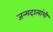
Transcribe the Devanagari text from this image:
जन्मदात्यांशी